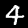
Digit: 4